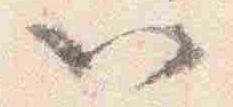
以